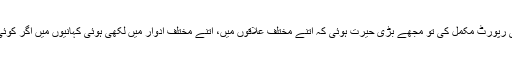
جب میں نے ان 10 کہانیوں پر اپنی رپورٹ مکمل کی تو مجھے بڑی حیرت ہوئی کہ اتنے مختلف علاقوں میں، اتنے مختلف ادوار میں لکھی ہوئی کہانیوں میں اگر کوئی چیز مشترک تھی، تو وہ تھا لفنگا!